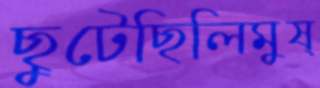
ছুটেছিলিমুষ্‌